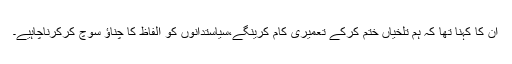
ان کا کہنا تھا کہ ہم تلخیاں ختم کرکے تعمیری کام کرینگے،سیاستدانوں کو الفاظ کا چناؤ سوچ کرکرناچاہیے۔